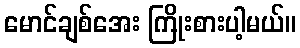
မောင်ချစ်အေး ကြိုးစားပါ့မယ်။